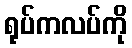
ရုပ်ကလပ်ကို